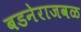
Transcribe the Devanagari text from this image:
बडनेराजवळ